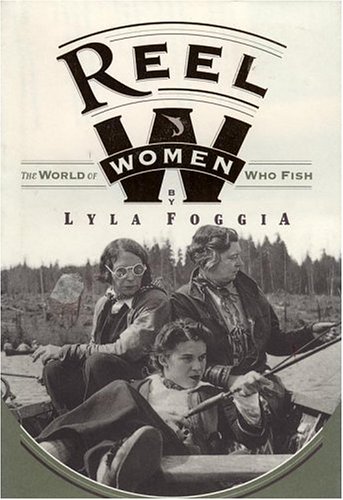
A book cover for Reel Women: The World Of Women Who Fish; Lyla Foggia; Sports & Outdoors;